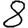
Digit: 8